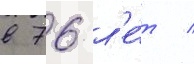
в 76 л'е́т /